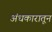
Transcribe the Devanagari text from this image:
अंधकारातून